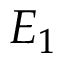
E _ { 1 }